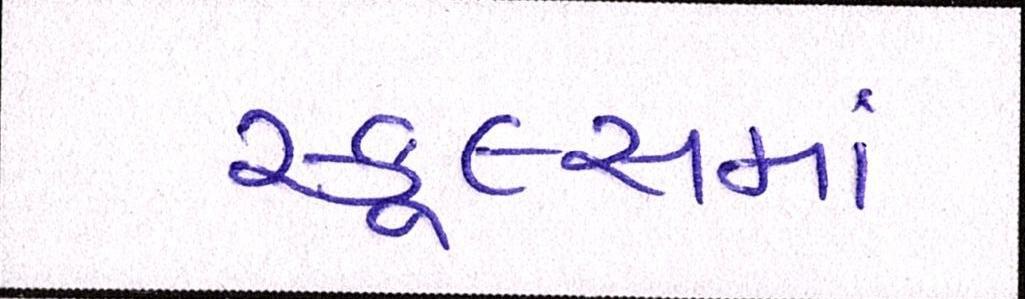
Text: સ્કૂલ્સમાં